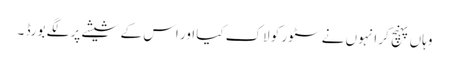
وہاں پہنچ کر انہوں نے سٹور کو لاک کیا اور اس کے شیشے پر لگے بورڈ ۔